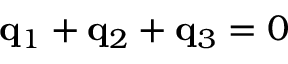
{ \bf q } _ { 1 } + { \bf q } _ { 2 } + { \bf q } _ { 3 } = 0